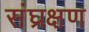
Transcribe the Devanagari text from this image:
संघ्रक्षण